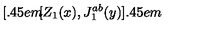
[ \kern - 0 . 4 5 e m \llap [ Z _ { 1 } ( x ) , J _ { 1 } ^ { a b } ( y ) ] \kern - 0 . 4 5 e m \llap ~